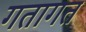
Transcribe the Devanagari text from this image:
गतागत